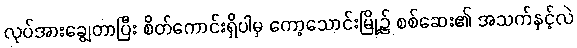
လုပ်အားချွေတာပြီး စိတ်ကောင်းရှိပါမှ ကော့သောင်းမြို့၌ စစ်ဆေး၏ အသက်နှင့်လဲ